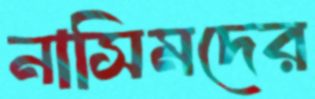
নাসিমদের